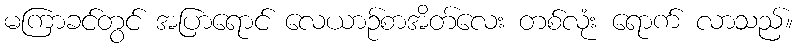
မကြာခင်တွင် အပြာရောင် လေယာဉ်စာအိတ်လေး တစ်လုံး ရောက် လာသည်။